Civil Veterinary Dept. Bombay admin report 1900-1906 - 1900-1906
Year: 1900
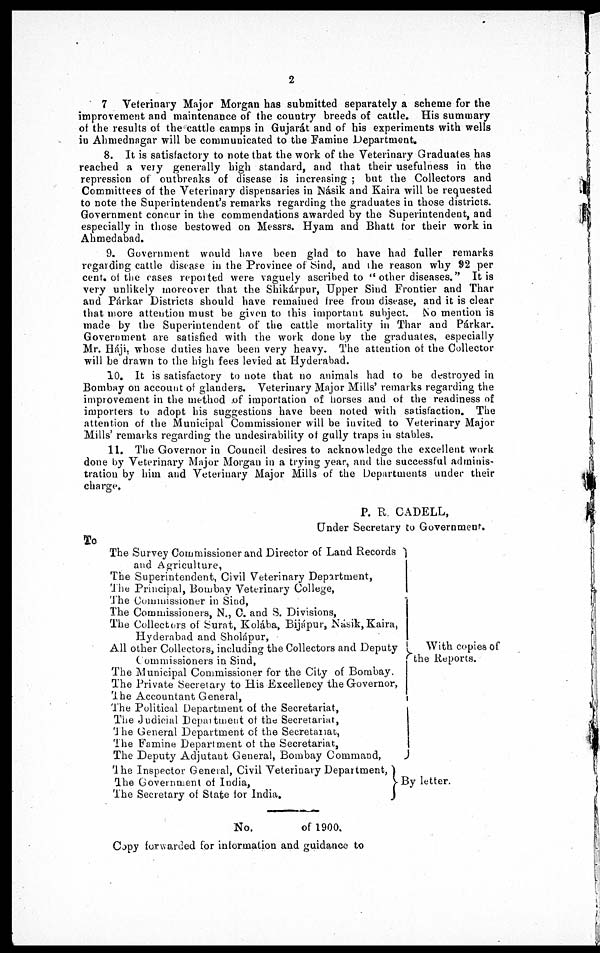
2
7. Veterinary Major Morgan has submitted separately a scheme for the
improvement and maintenance of the country breeds of cattle. His summary
of the results of the cattle camps in Gujarát and of his experiments with wells
in Ahmednagar will be communicated to the Famine Department.
8. It is satisfactory to note that the work of the Veterinary Graduates has
reached a very generally high standard, and that their usefulness in the
repression of outbreaks of disease is increasing ; but the Collectors and
Committees of the Veterinary dispensaries in Násik and Kaira will be requested
to note the Superintendent's remarks regarding the graduates in those districts.
Government concur in the commendations awarded by the Superintendent, and
especially in those bestowed on Messrs. Hyam and Bhatt for their work in
Ahmedabad.
9. Government would have been glad to have had fuller remarks
regarding cattle disease in the Province of Sind, and the reason why 92 per
cent of the cases reported were vaguely ascribed to " other diseases." It is
very unlikely moreover that the Shikárpur, Upper Sind Frontier and Thar
and Párkar Districts should have remained free from disease, and it is clear
that more attention must be given to this important subject. No mention is
made by the Superintendent of the cattle mortality in Thar and Párkar.
Government are satisfied with the work done by the graduates, especially
Mr. Háji, whose duties have been very heavy. The attention of the Collector
will be drawn to the high fees levied at Hyderabad.
10. It is satisfactory to note that no animals had to be destroyed in
Bombay on account of glanders. Veterinary Major Mills' remarks regarding the
improvement in the method of importation of horses and of the readiness of
importers to adopt his suggestions have been noted with satisfaction. The
attention of the Municipal Commissioner will be invited to Veterinary Major
Mills' remarks regarding the undesirability of gully traps in stables.
11. The Governor in Council desires to acknowledge the excellent work
done by Veterinary Major Morgan in a trying year, and the successful adminis-
tration by him and Veterinary Major Mills of the Departments under their
charge.
P. R. CADELL,
Under Secretary to Government.
To
The Survey Commissioner and Director of Land Records
and Agriculture,
The Superintendent, Civil Veterinary Department,
The Principal, Bombay Veterinary College,
The Commissioner in Sind,
The Commissioners, N., C. and S. Divisions,
The Collectors of Surat, Kolába, Bijápur, Násik, Kaira,
Hyderabad and Sholápur,
All other Collectors, including the Collectors and Deputy
Commissioners in Sind,
The Municipal Commissioner for the City of Bombay.
The Private Secretary to His Excellency the Governor,
The Accountant General,
The Political Department of the Secretariat,
The Judicial Department of the Secretariat,
The General Department of the Secretariat,
The Famine Department of the Secretariat,
The Deputy Adjutant General, Bombay Command,
The Inspector General, Civil Veterinary Department,
The Government of India,
The Secretary of State for India,
With copies of
the Reports.
By letter.
No.
of 1900.
Copy forwarded for information and guidance to